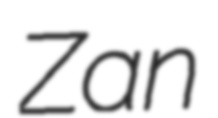
Zan